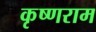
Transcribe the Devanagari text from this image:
कृष्णराम